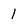
Character: l